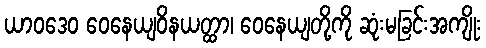
ယာဝဒေဝ ဝေနေယျဝိနယတ္ထာ၊ ဝေနေယျတို့ကို ဆုံးမခြင်းအကျိုး